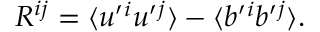
{ \cal { R } } ^ { i j } = \langle { u ^ { \prime } { } ^ { i } u ^ { \prime } { } ^ { j } } \rangle - \langle { b ^ { \prime } { } ^ { i } b ^ { \prime } { } ^ { j } } \rangle .